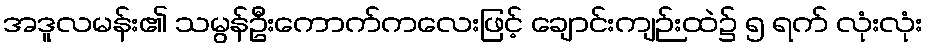
အဒူလမန်း၏ သမွန်ဦးကောက်ကလေးဖြင့် ချောင်းကျဉ်းထဲ၌ ၅ ရက် လုံးလုံး